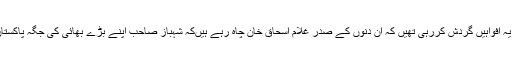
1993کے آغاز میں بھی اسلام آباد میں یہ افواہیں گردش کررہی تھیں کہ ان دنوں کے صدر غلام اسحاق خان چاہ رہے ہیںکہ شہباز صاحب اپنے بڑے بھائی کی جگہ پاکستان کے وزیر اعظم کا منصب سنبھال لیں۔